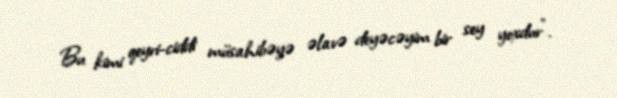
Bu kimi qeyri-ciddi müsahibəyə əlavə deyəcəyim bir sey yoxdur”.